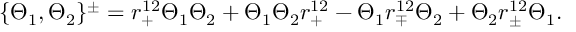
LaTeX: \{ \Theta _ { 1 } , \Theta _ { 2 } \} ^ { \pm } = r _ { + } ^ { 1 2 } \Theta _ { 1 } \Theta _ { 2 } + \Theta _ { 1 } \Theta _ { 2 } r _ { + } ^ { 1 2 } - \Theta _ { 1 } r _ { \mp } ^ { 1 2 } \Theta _ { 2 } + \Theta _ { 2 } r _ { \pm } ^ { 1 2 } \Theta _ { 1 } .